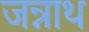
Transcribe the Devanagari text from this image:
जन्नाथ